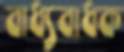
বাধ্যবাধক